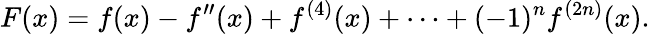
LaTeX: F(x)=f(x)-f^{\prime\prime}(x)+f^{(4)}(x)+\cdots+(-1)^{n}f^{(2n)}(x).